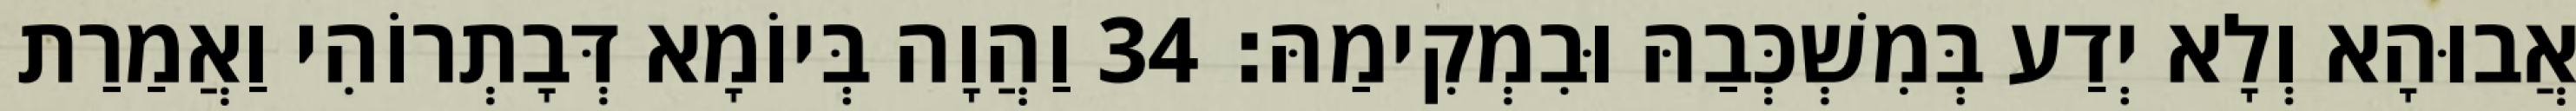
אֲבוּהָא וְלָא יְדַע בְּמִשְׁכְּבַהּ וּבִמְקִימַהּ׃ 34 וַהֲוָה בְּיוֹמָא דְּבָתְרוֹהִי וַאֲמַרַת